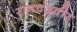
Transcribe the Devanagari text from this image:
रामचंद्रवीर